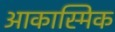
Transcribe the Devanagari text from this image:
आकास्मिक